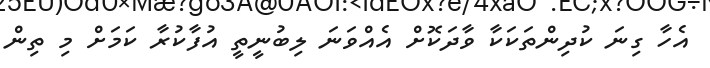
އެހާ ގިނަ ކުދިންތަކަކާ ވާދަކޮށް އެއްވަނަ ލިބުނީތީ އުފާކުރާ ކަމަށް މި ތިން